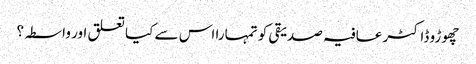
چھوڑو ڈاکٹر عافیہ صدیقی کو تمہارا اس سے کیا تعلق اور واسطہ؟